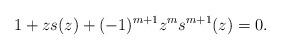
LaTeX: \begin{align*}1+zs(z)+(-1)^{m+1}z^ms^{m+1}(z)=0.\end{align*}